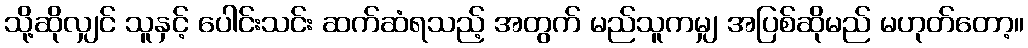
သို့ဆိုလျှင် သူနှင့် ပေါင်းသင်း ဆက်ဆံရသည့် အတွက် မည်သူကမျှ အပြစ်ဆိုမည် မဟုတ်တော့။